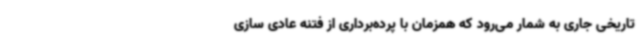
تاریخی جاری به شمار می‌رود که همزمان با پرده‌برداری از فتنه عادی سازی